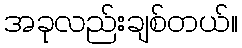
အခုလည်းချစ်တယ်။